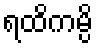
ရထိကမ္ပိ